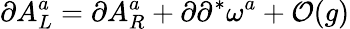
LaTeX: \partial A_{L}^{a}=\partial A_{R}^{a}+\partial\partial^{*}\omega^{a}+{\cal O}(g)